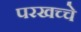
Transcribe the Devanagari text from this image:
परखच्चे